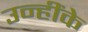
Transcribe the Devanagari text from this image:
उन्हींके